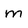
Character: m